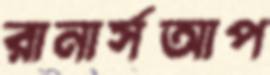
রানার্সআপ